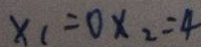
x _ { 1 } = 0 x _ { 2 } = 4